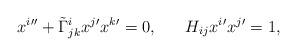
LaTeX: \begin{align*}x^{i}{''}+\tilde{\Gamma}^{i}_{jk}x^{j}{'}x^{k}{'}=0,\;\;\;\;\;\;H_{ij}x^{i}{'}x^{j}{'}=1,\end{align*}